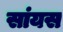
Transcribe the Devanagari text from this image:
सांयस